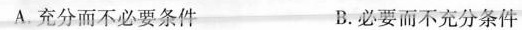
A. 充分而不必要条件 B. 必要而不充分条件